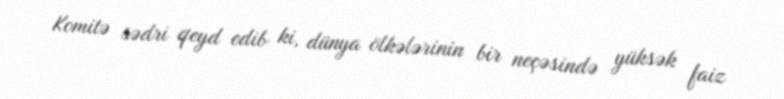
Komitə sədri qeyd edib ki, dünya ölkələrinin bir neçəsində yüksək faiz